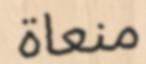
منعاة